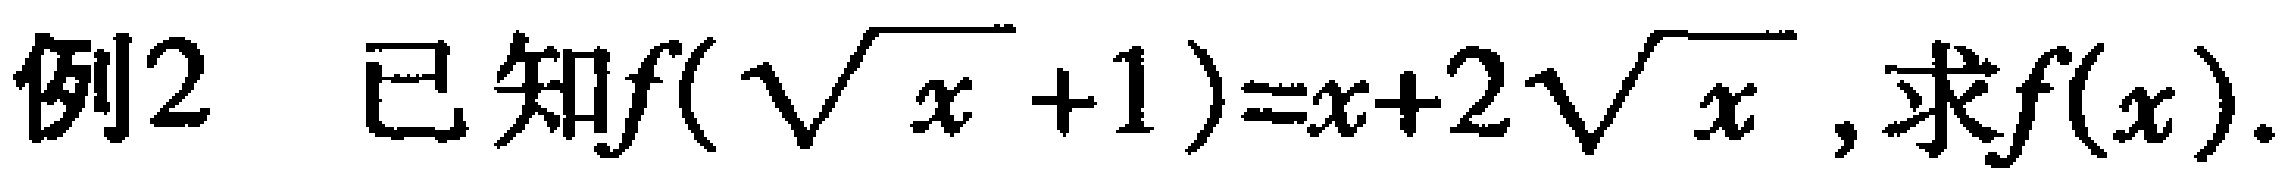
例2 已知\(f(\sqrt{x}+1)=x + 2\sqrt{x}\),求\(f(x)\).